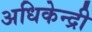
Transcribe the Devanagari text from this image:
अधिकेन्द्री